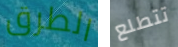
الطرق تتطلع